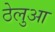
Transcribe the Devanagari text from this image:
ठेलुआ